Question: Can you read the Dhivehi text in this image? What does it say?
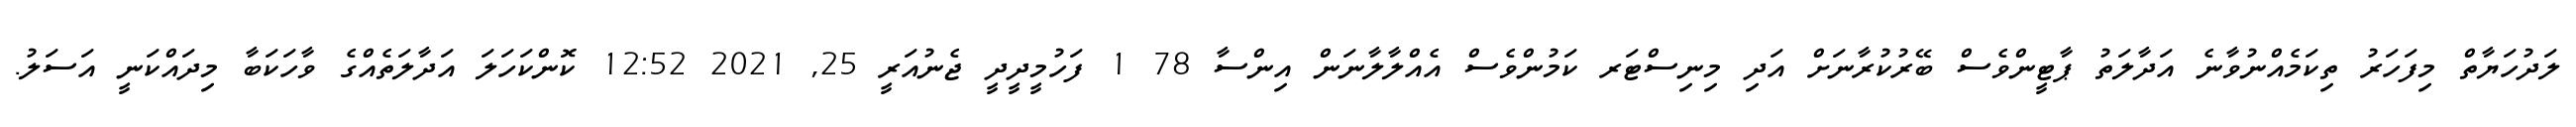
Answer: ލަދުހަޔާތް މިފަހަރު ތިކަމެއްނުވާނެ އަދާލަތު ޕާޓީންވެސް ބޭރުކުރާނަށް އަދި މިނިސްޓަރ ކަމުންވެސް އެއްލާލާނަން އިންސާ 78 1 ފަހުމީދީދީ ޖެނުއަރީ 25, 2021 12:52 ކޮންކަހަލަ އަދާލަތެއްގެ ވާހަކަބާ މިދައްކަނީ އަސަލު.